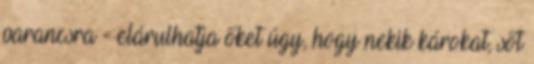
parancsra - elárulhatja őket úgy, hogy nekik károkat, sőt